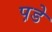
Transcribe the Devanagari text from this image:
प़डे